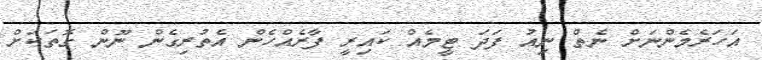
އަހަރެމެންނަށް ނެތް ނިއު ފަދަ ޓީމެއް ކައިރީ ފާރެއްހެން އެތުރިގެން ނޫން ގޮތަކަށް